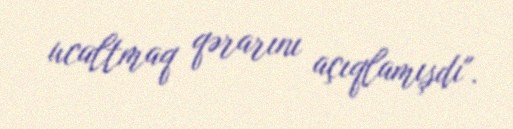
ucaltmaq qərarını açıqlamışdı".